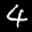
Label: 4